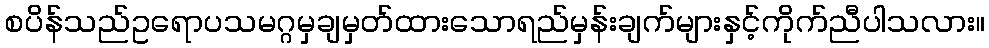
စပိန်သည်ဥရောပသမဂ္ဂမှချမှတ်ထားသောရည်မှန်းချက်များနှင့်ကိုက်ညီပါသလား။